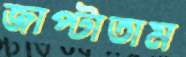
জাপ্‌টাতাম